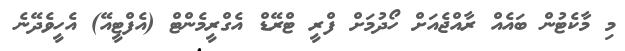
މި މާކެޓުން ބައެއް ރާއްޖެއަށް ހޯދުމަށް ފްރީ ޓްރޭޑް އެގްރީމެންޓް (އެފްޓީއޭ) އެހީވެދޭނެ